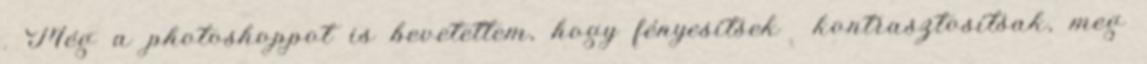
. Még a photoshoppot is bevetettem, hogy fényesítsek kontrasztosítsak, meg